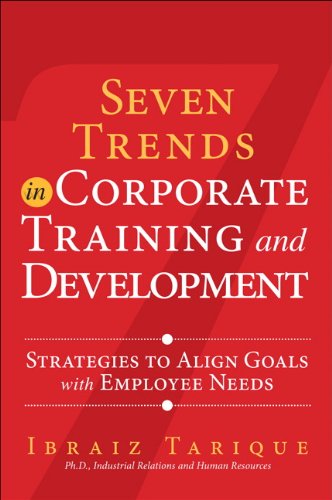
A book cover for Seven Trends in Corporate Training and Development: Strategies to Align Goals with Employee Needs (FT Press Human Resources); Ibraiz Tarique; Business & Money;